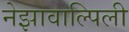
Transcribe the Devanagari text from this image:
नेझावाल्पिली